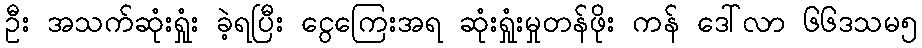
ဦး အသက်ဆုံးရှုံး ခဲ့ရပြီး ငွေကြေးအရ ဆုံးရှုံးမှုတန်ဖိုး ကန် ဒေါ်လာ ၆၆ဒသမ၅